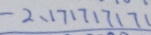
- 2 . 1 7 1 7 1 7 1 7 1